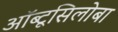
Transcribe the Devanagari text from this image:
ऑब्टूसिलोबा